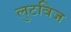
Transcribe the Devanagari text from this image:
लुटविज